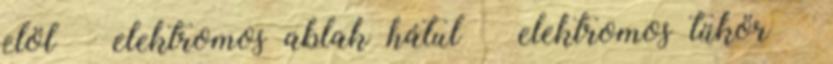
elöl – elektromos ablak hátul – elektromos tükör –